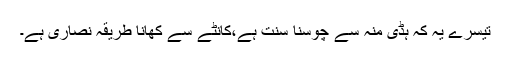
تیسرے یہ کہ ہڈی منہ سے چوسنا سنت ہے،کانٹے سے کھانا طریقہ نصاریٰ ہے۔